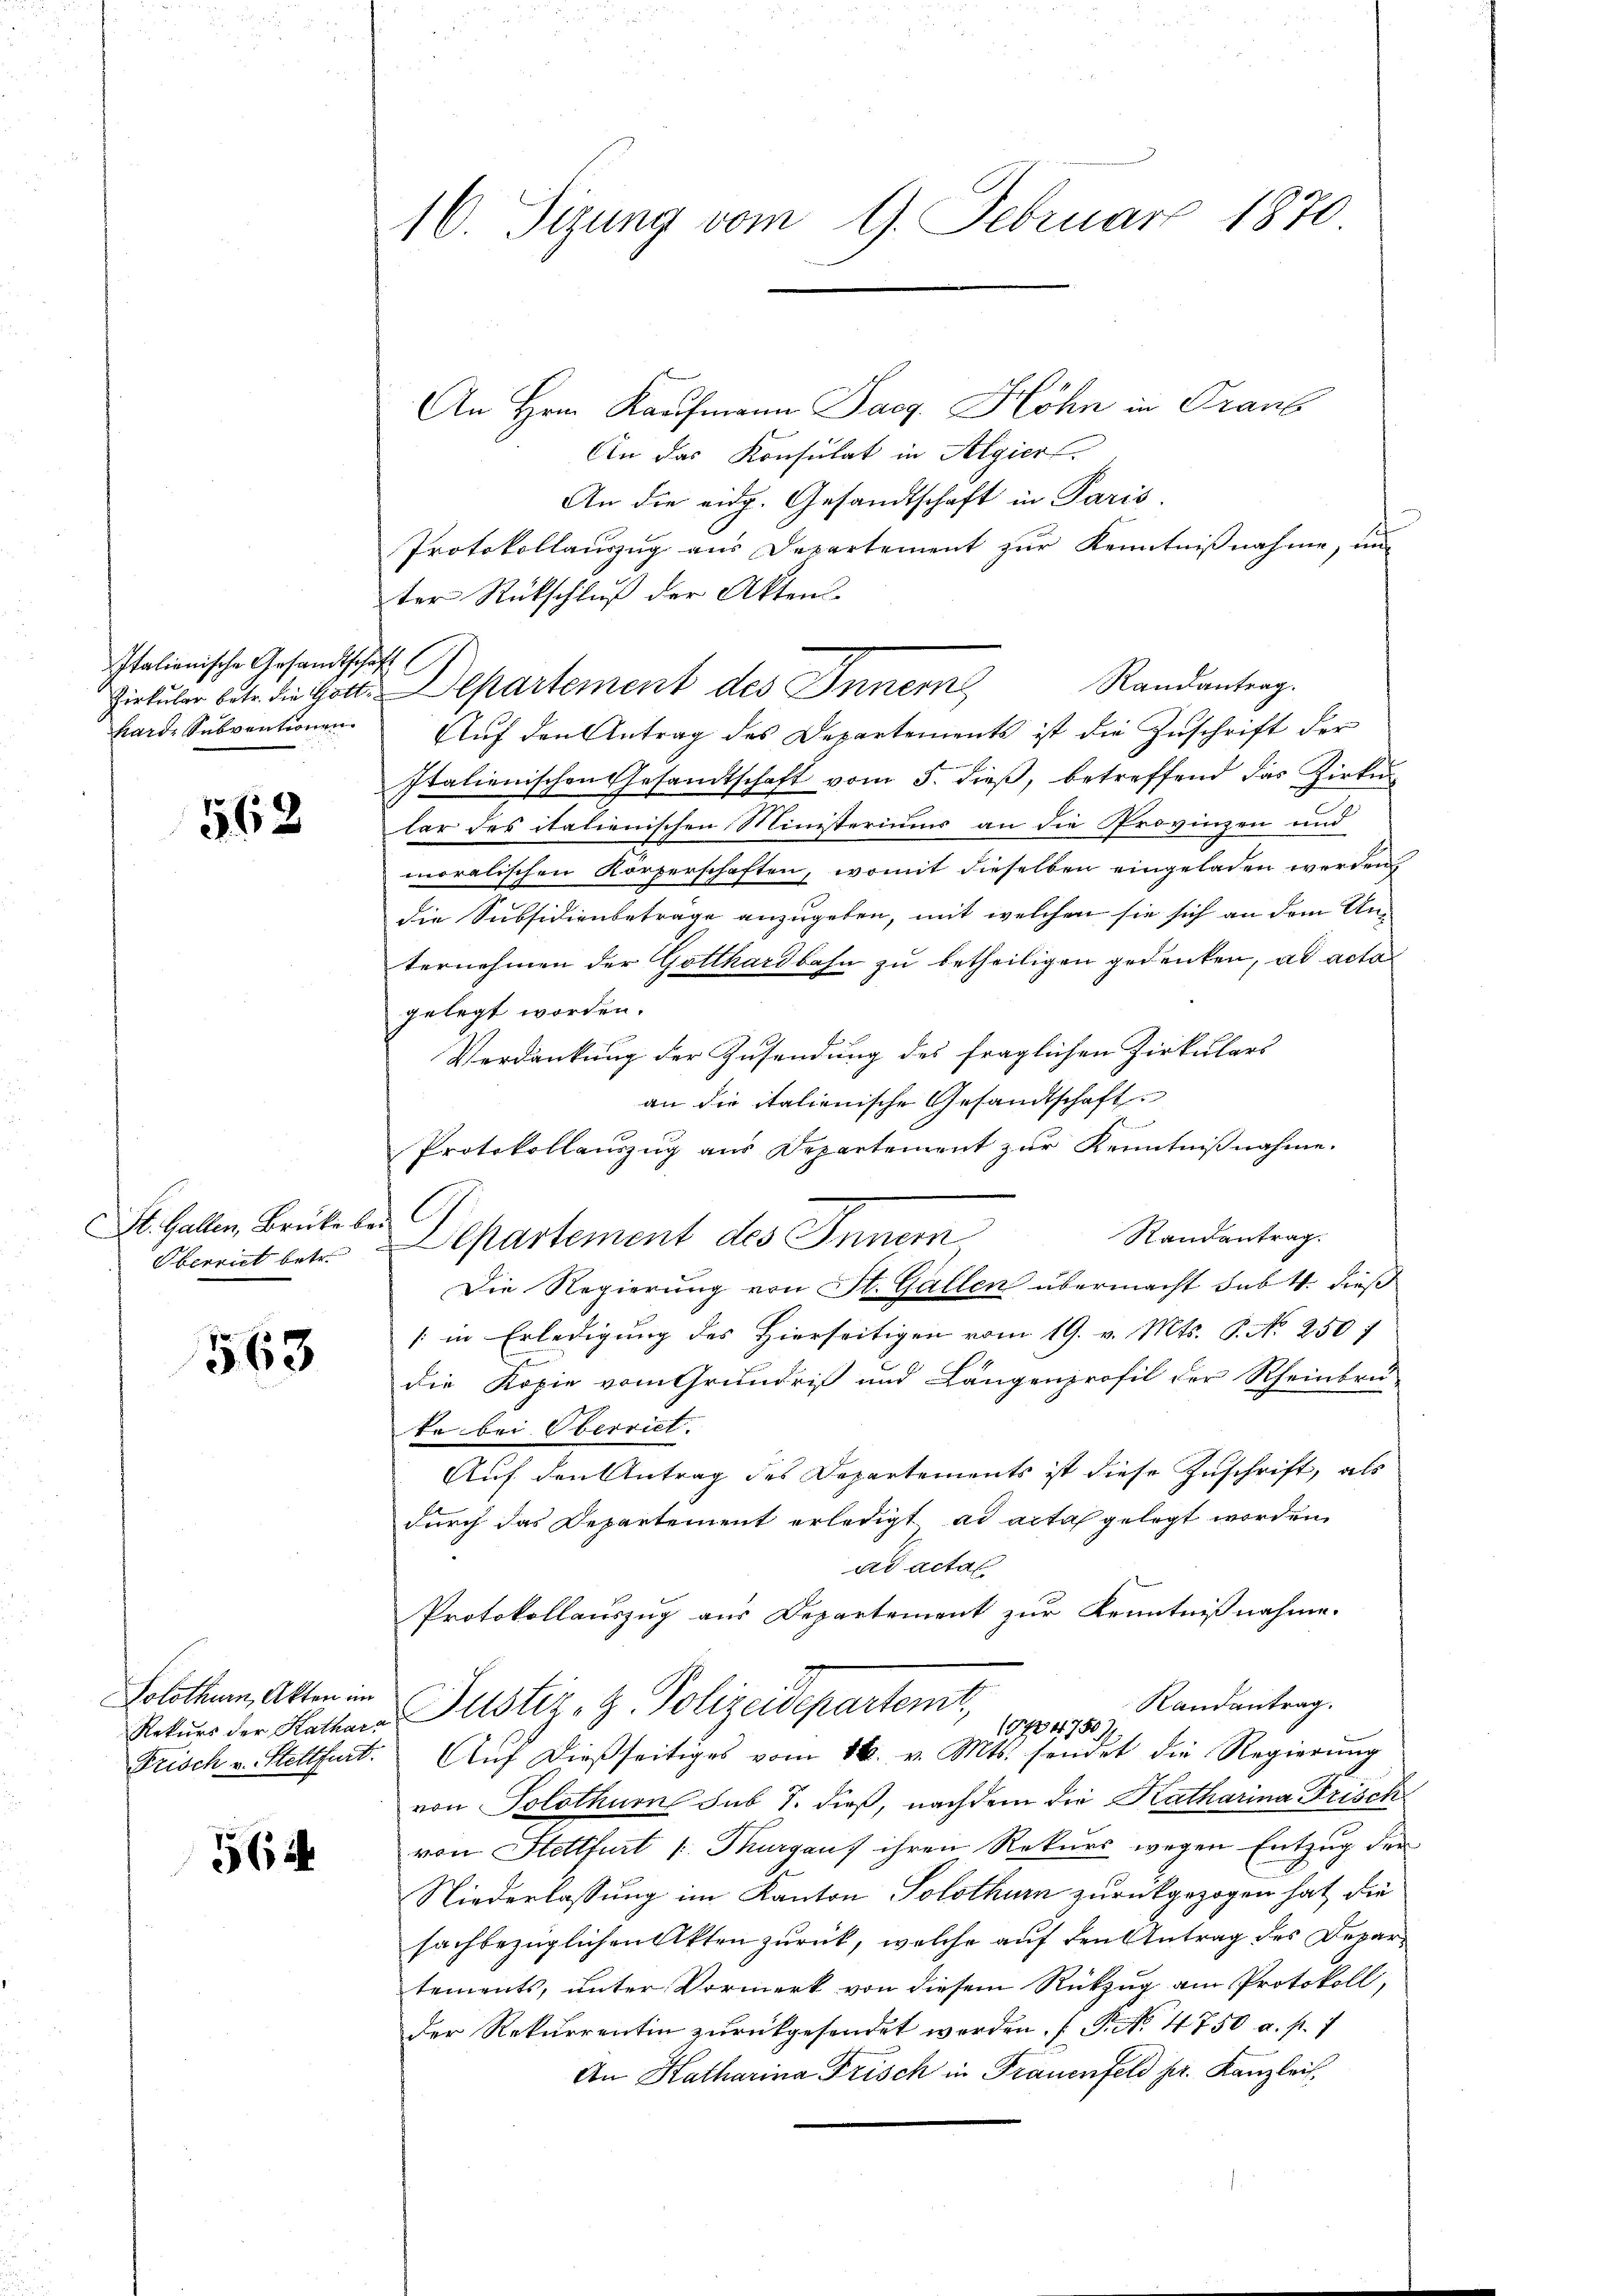
Italienische Gesandtschaft (
Harde Subventionen

562

SSt. Gallen, Brücke bei
Oberriet betr.

563

Solothurn, Akten im

564

16. Sizung vom 9. Februar 1870

An Hrn. Kaufmann Saeg. Höhn in Graub
An das Konsulat in Algier
An die eidg. Gesandtschaft in Paris
Protokollauszug aus Departement zur Kenntnißnahme, un
ter Rückschluß der Akten.
Zirkular betr. die Gott. Departement des Innem
Auf den Antrag des Departements ist die Zuschrift der
Italienischen Gesandtschaft vom 5. dieβ, betreffend das Zirkŭ
lar des italienischen Ministeriums an die Provinzen und
moralischen Körperschaften, womit dieselben eingeladen werden
die Subsidienbeträge anzugeben, mit welchen sie sich an dem An-
ternehmen der Gotthardbahn zu betheiligen gedenken, ad acta
gelegt worden.
Verdankung der Zusendung des fraglichen Zirkulars
an die italienische Gesandtschaft
A
Protokollauszug aus Departement zur Kenntnißnahme.
Randantrag.
Separtement des Innern,
Die Regierung von St. Gallen übermacht sub. 4. dieß
/ in Erledigung des Hierseitigen vom 19. v. Mts. P. No 250 f
die Kopie vom Grundriß und Längenprofil der Rheinbru-
te bei Oberriet.
Auf den Antrag des Departements ist diese Zuschrift, als
durch das Departement erledigt ad acta gelegt worden.
ad actal
Protokollauszug aus Departement zur Kenntnißnahme.
Randantrag.
Natur der Hotter Justiz, H. Polizeideparteme,
15724750)
Frisch v. Stettfert. Aŭf dießseitiges vom 16. v. Mts. sendet die Regierŭng
von Solothurn sub S. dieß, nachdem die Katharina Frisch
von Stettfurt [ Thurgauf ihren Rekurs wegen Entzug der
Niederlassung im Kanton Solothurn zurückgezogen hat, die
sachbezüglichen Akten zurück, welche auf den Antrag des Departements, unter Vormerk von diesem Rückzug am Protokoll,
der Rekurrentin zurückgesendet werden. (S. 4750 a. p. 1
An Katharina Frisch in Frauenfeld pr. Kanzlei,

Randantrag.